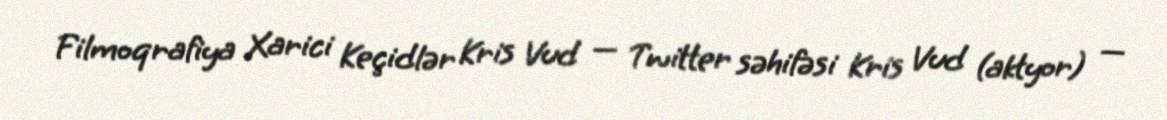
Filmoqrafiya Xarici Keçidlər Kris Vud — Twitter səhifəsi Kris Vud (aktyor) —